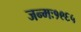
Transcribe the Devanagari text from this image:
जन्मः१९६५